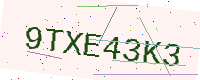
Text: 9TXE43K3